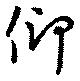
仰